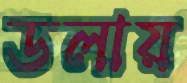
ডলায়